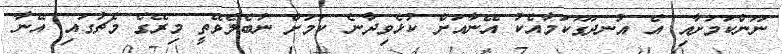
ނޫންކަމަށާއި އެ އުނދަގޫކަމާއެކު އޭނާއަށް ކުޅެވިދާނެ ކަމަށް ނުބެލެވޭތީ މިރޭގެ މެޗުގައި އޭނާ